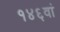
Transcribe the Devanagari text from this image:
१४६वां